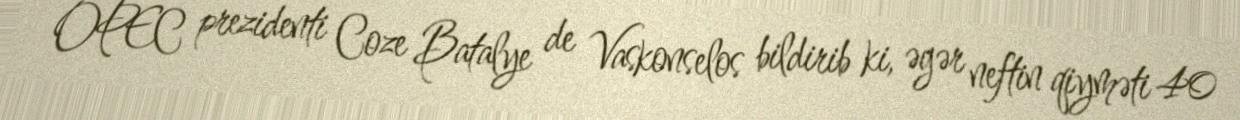
OPEC prezidenti Coze Batalye de Vaskonselos bildirib ki, əgər neftin qiyməti 40